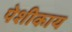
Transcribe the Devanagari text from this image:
पेशीकाय